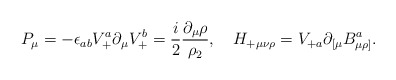
\begin{align*}P_\mu = -\epsilon_{ab} V_+^a \partial_\mu V_+^b= {i\over 2}{\partial_\mu\rho\over\rho_2},\quad H_{+\mu\nu\rho}=V_{+a}\partial_{[\mu}B^a_{\mu\rho]}.\end{align*}